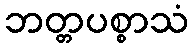
ဘတ္တပစ္စာသံ